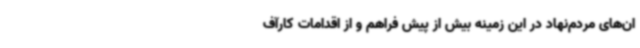
ان‌های مردم‌نهاد در این زمینه بیش از پیش فراهم و از اقدامات کارآف